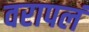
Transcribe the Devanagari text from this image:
वरापलं